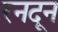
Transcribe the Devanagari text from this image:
रनदून